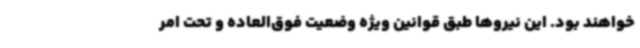
خواهند بود. این نیروها طبق قوانین ویژه وضعیت فوق‌العاده و تحت امر